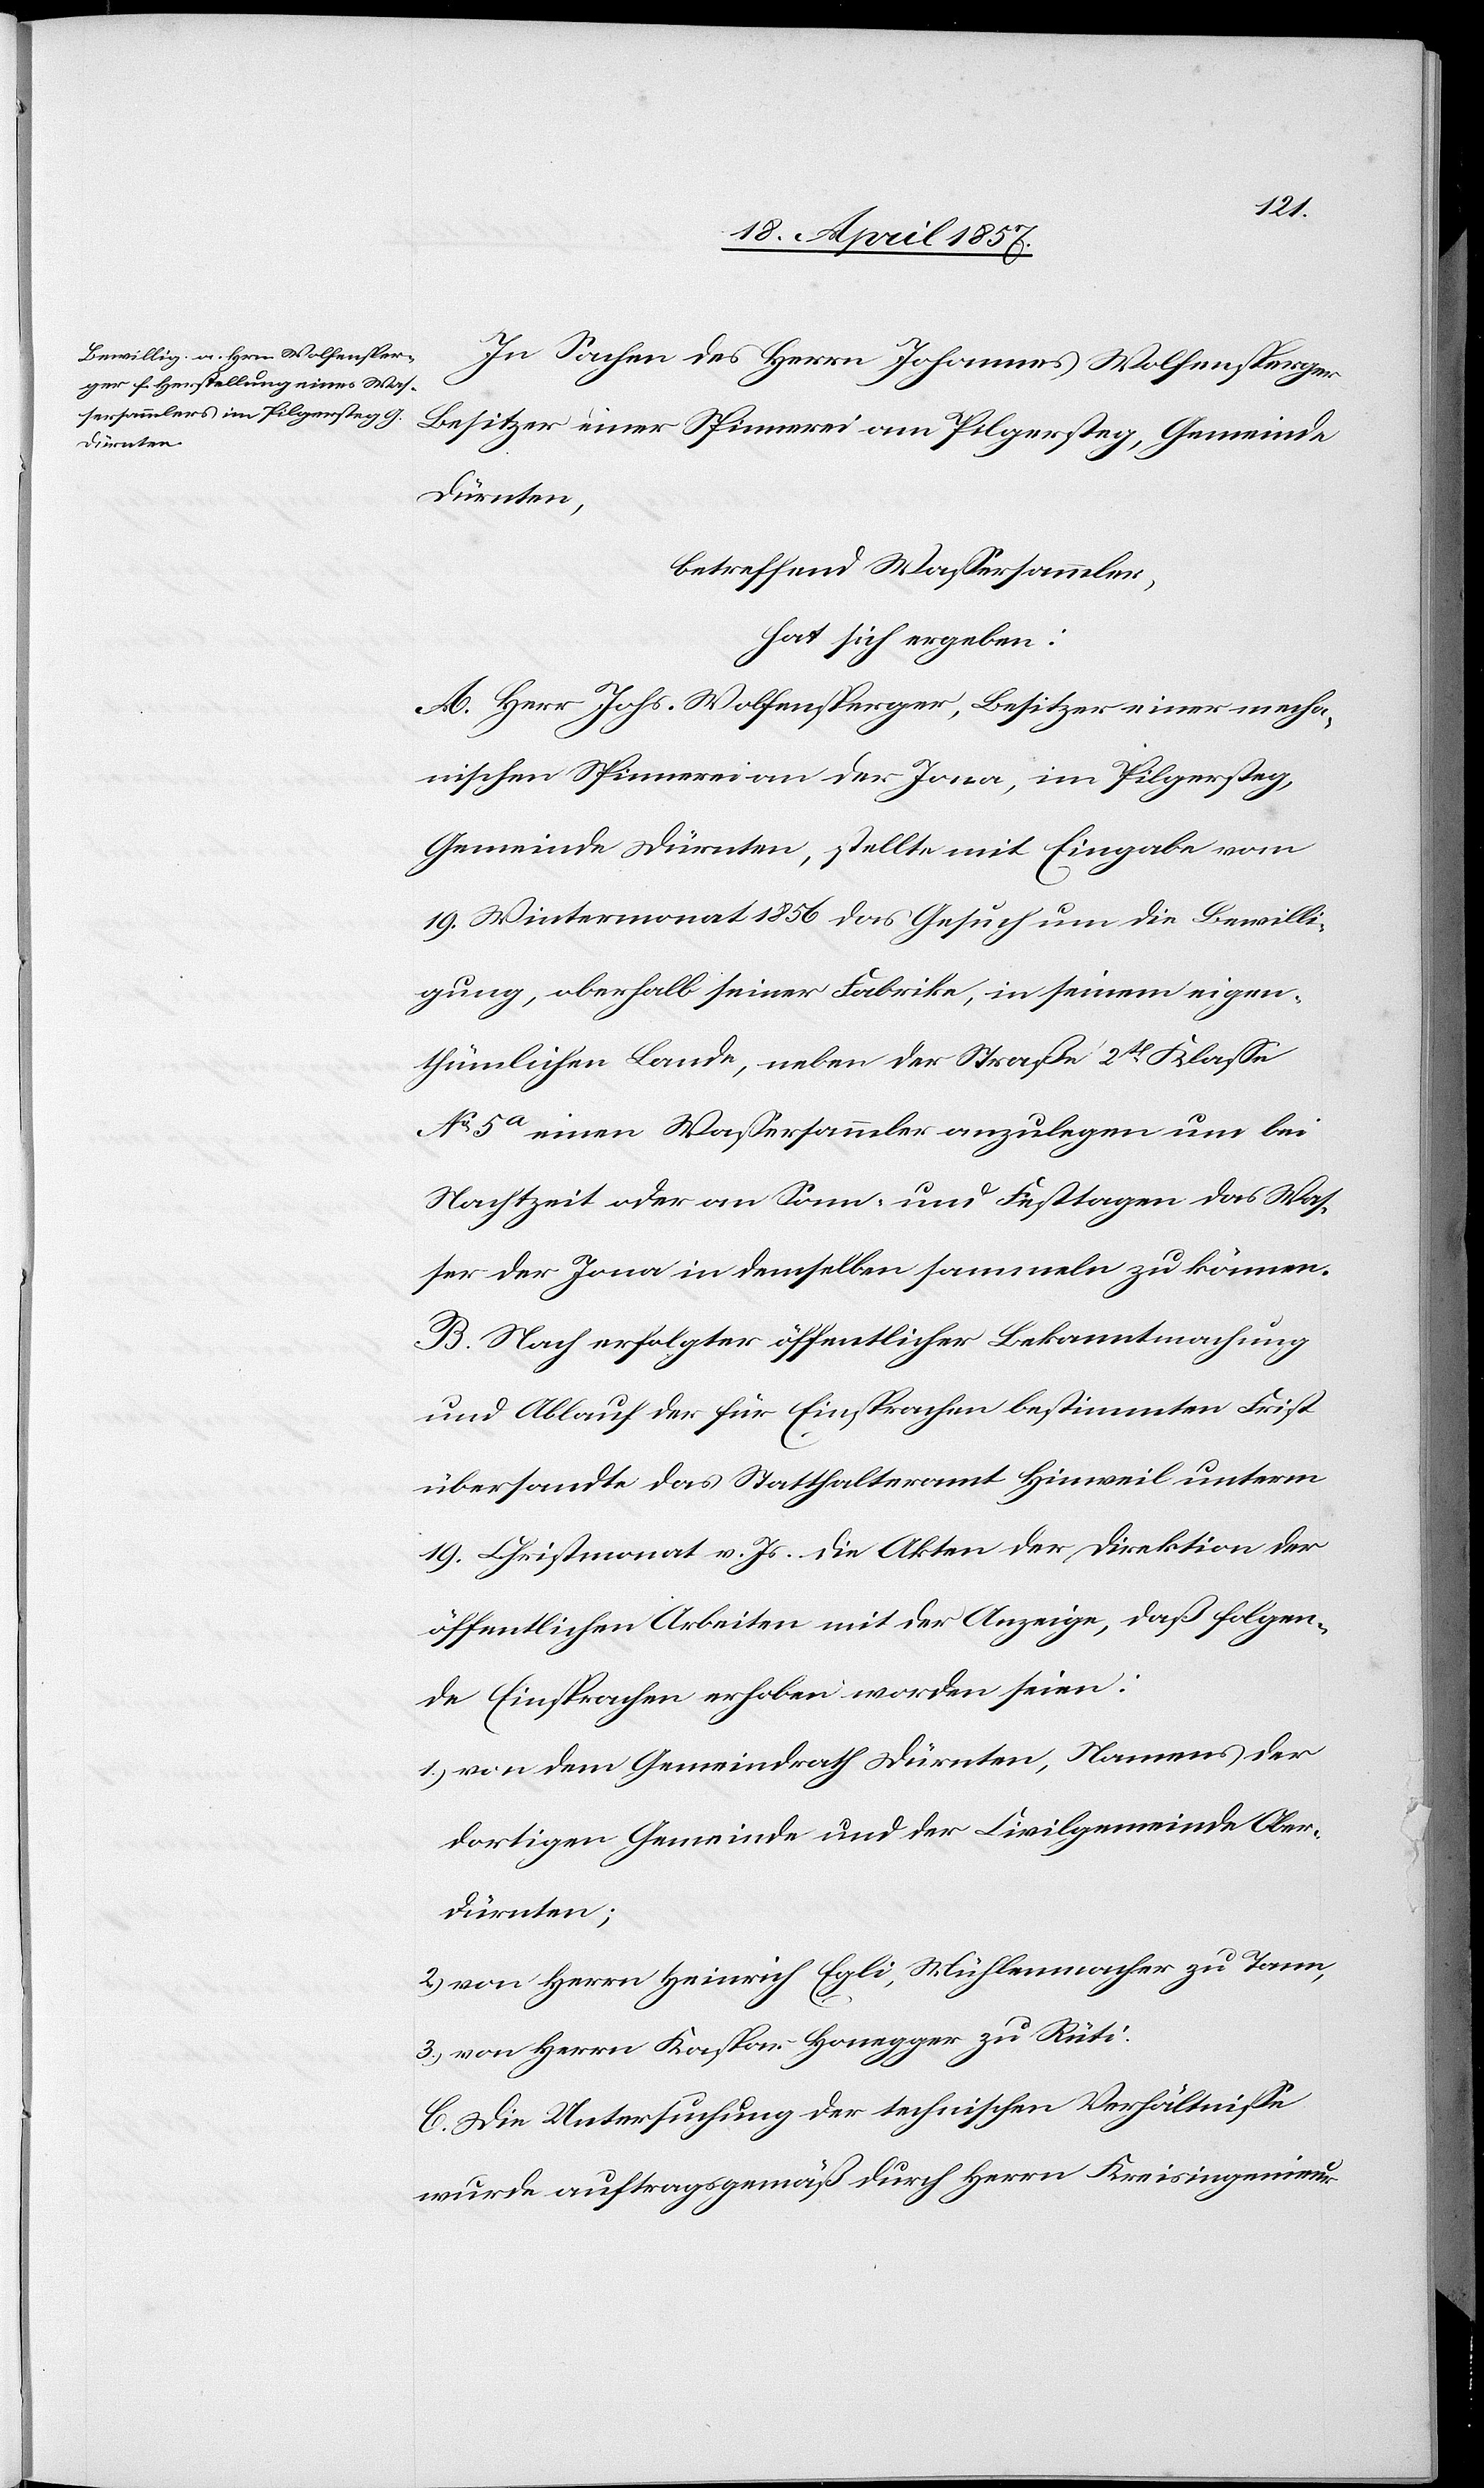
In Sachen des Herrn Johannes Wolfensperger
Besitzer einer Spinnerei am Pilgersteg, Gemeinde
r-Dürnten;
betreffend Wassersammler,
hat sich ergeben:
A. Herr Johs. Wolfensperger, Besitzer einer mecha¬
nischen Spinnerei an der Jona, im Pilgersteg,
Gemeinde Dürnten, stellte mit Eingabe vom
19. Wintermonat 1856 das Gesuch um die Bewilli¬
gung, oberhalb seiner Fabrike, in seinem eigen¬
thümlichen Lande, neben der Straße 2t Klasse
No 5a einen Wassersammler anzulegen um bei
Nachtzeit oder an Sonn- und Festtagen das Was¬
ser der Jona in demselben sammeln zu können.
B. Nach erfolgter öffentlicher Bekanntmachung
und Ablauf der für Einsprachen bestimmten Frist
übersandte das Statthalteramt Hinweil unterm
19. Christmonat v. Js. die Akten der Direktion der
öffentlichen Arbeiten mit der Anzeige, daß folgen¬
de Einsprachen erhoben worden seien:
1.) von dem Gemeindrath Dürnten, Namens der
dortigen Gemeinde und der Civilgemeinde Obe¬
2.) von Herrn Heinrich Egli, Mühlenmacher zu Tann,
3.) von Herrn Kaspar Honegger zu Rüti.
C. Die Untersuchung der technischen Verhältnisse
wurde auftragsgemäß durch Herrn Kreisingenieur